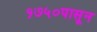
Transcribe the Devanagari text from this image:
१७५०पासून